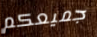
جميعكم